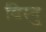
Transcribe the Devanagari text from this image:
विस्नु